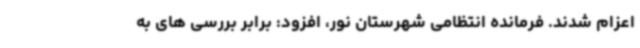
اعزام شدند. فرمانده انتظامی شهرستان نور، افزود: برابر بررسی های به